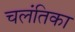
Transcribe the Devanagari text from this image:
चलंतिका